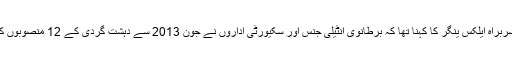
’ایم آئی 6 کے سربراہ ایلکس ینگر کا کہنا تھا کہ برطانوی انٹیلی جنس اور سکیورٹی اداروں نے جون 2013 سے دہشت گردی کے 12 منصوبوں کا ناکام بنایا ہے۔